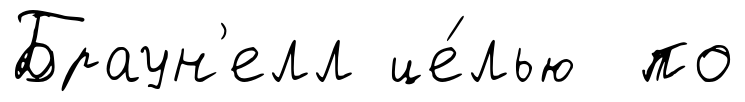
Браун'елл це́лью по